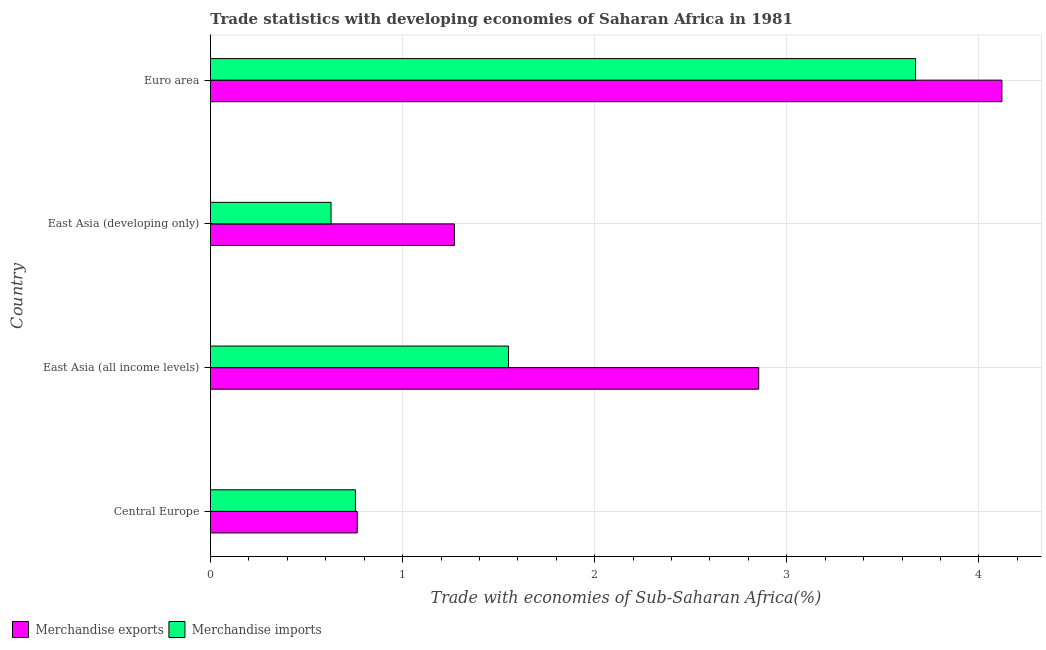
| Country | Merchandise exports | Merchandise imports |
 | --- | --- | --- |
 | Central Europe | 0.764 | 0.755 |
 | East Asia (all income levels) | 2.85 | 1.55 |
 | East Asia (developing only) | 1.27 | 0.628 |
 | Euro area | 4.12 | 3.67 |